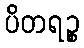
ပိတရဉ္စ